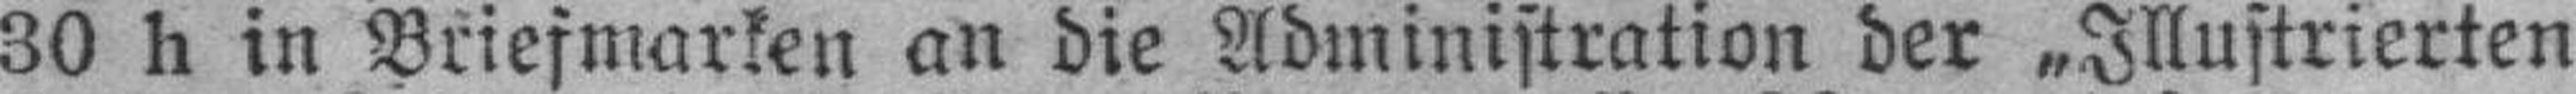
30 h in Briefmarken an die Administration der „Illustrierten